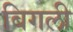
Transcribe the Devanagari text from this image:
बिगली